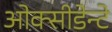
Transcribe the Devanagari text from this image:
ओक्सीडेन्टे